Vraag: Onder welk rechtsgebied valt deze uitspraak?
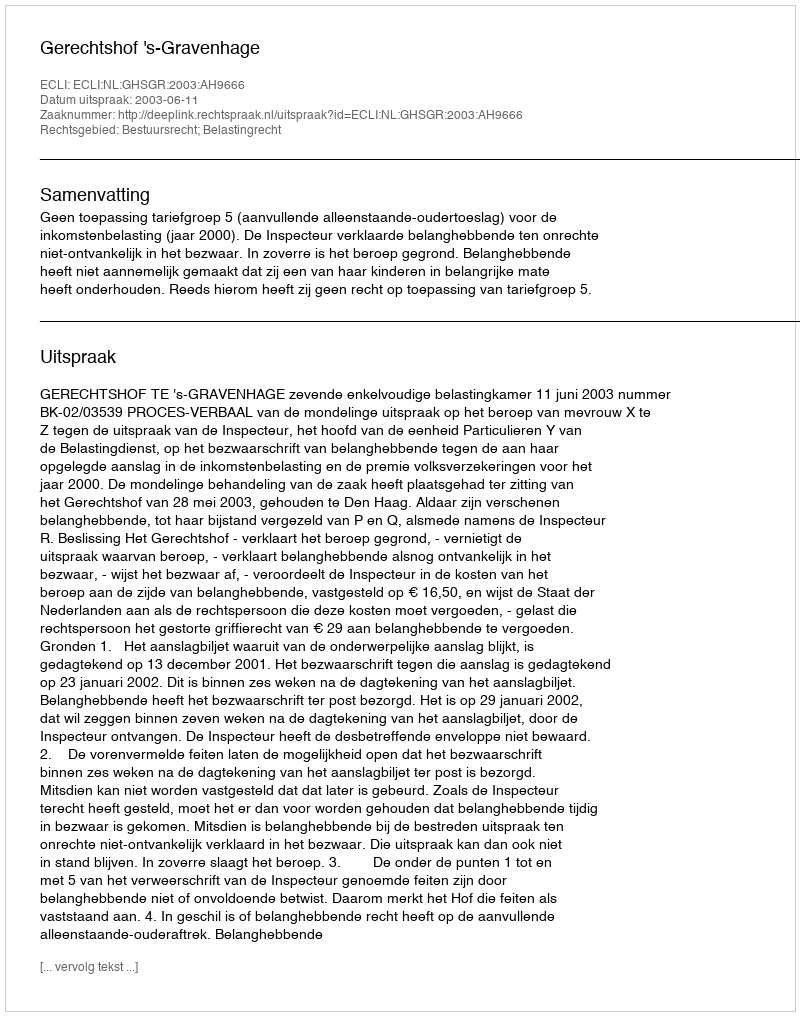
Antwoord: Bestuursrecht; Belastingrecht